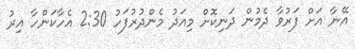
އޭނާ އަށް ފަރުވާ ދެމުން ދަނިކޮށް މިއަދު މެންދުރުފަހު 2:30 އެހާކަންހާ އިރު